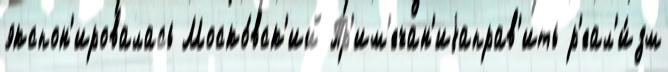
экспон'ировалась Моско́вск'ий Пр'им'ечан'иjаправ'ить р'еал'и́зм